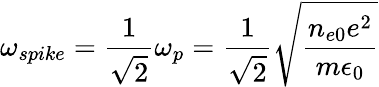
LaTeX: \omega_{spike}=\frac{1}{\sqrt{2}}\omega_{p}=\frac{1}{\sqrt{2}}\sqrt{\frac{n_{e0}e^{2}}{m\epsilon_{0}}}